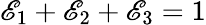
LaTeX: \mathscr{E}_{1}+\mathscr{E}_{2}+\mathscr{E}_{3}=1